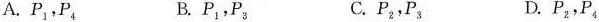
A. P_{1},P_{4} B.P_{1},P_{3} C. P_{2},P_{3} D. P_{2},P_{4}